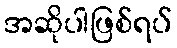
အဆိုပါဖြစ်ရပ်